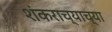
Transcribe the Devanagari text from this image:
शंकराच्याच्या